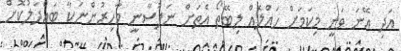
އަދި އޭނަ ވަނީ މިކަމަށް ހައްލެއް ލިބޭތޯ އެތަށް ނަފުސާނީ މާހިރުންނަކާ ބައްދަލުކޮށް